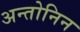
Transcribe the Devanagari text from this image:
अन्तोनिन